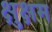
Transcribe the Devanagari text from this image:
क्षुक्षम